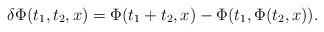
LaTeX: \begin{align*}\delta\Phi(t_1,t_2,x)=\Phi(t_1+t_2,x)-\Phi(t_1,\Phi(t_2,x)).\end{align*}